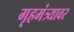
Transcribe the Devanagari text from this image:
गृहमंत्र्यावर